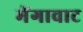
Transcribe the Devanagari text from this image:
मेंगावाट